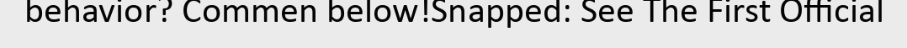
behavior? Commen below!Snapped: See The First Official